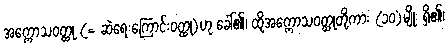
အက္ကောသဝတ္ထု (= ဆဲရေးကြောင်းဝတ္ထု)ဟု ခေါ်၏၊ ထိုအက္ကောသဝတ္ထုတို့ကား (၁၀)မျိုး ရှိ၏၊